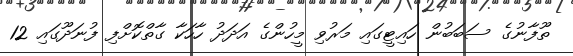
ތޫފާނުގެ ސަބަބުން ހައިޓީގައި މަރުވި މީހުންގެ އަދަދު ހާހަކާ ގާތްކޮށްފި ފުނަދޫގައި 12